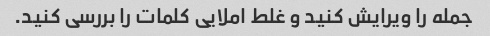
جمله را ویرایش کنید و غلط املایی کلمات را بررسی کنید.